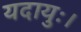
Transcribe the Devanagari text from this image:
यदायुः।